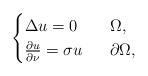
LaTeX: \begin{align*}& \begin{cases} \Delta u=0\,\,\,\,& \Omega ,\\ \frac{\partial u}{\partial\nu}=\sigma u\,\,\,\,& \partial\Omega, \end{cases} \end{align*}